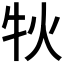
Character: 𤘭